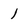
Character: 1